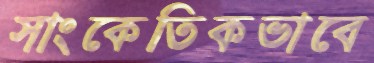
সাংকেতিকভাবে